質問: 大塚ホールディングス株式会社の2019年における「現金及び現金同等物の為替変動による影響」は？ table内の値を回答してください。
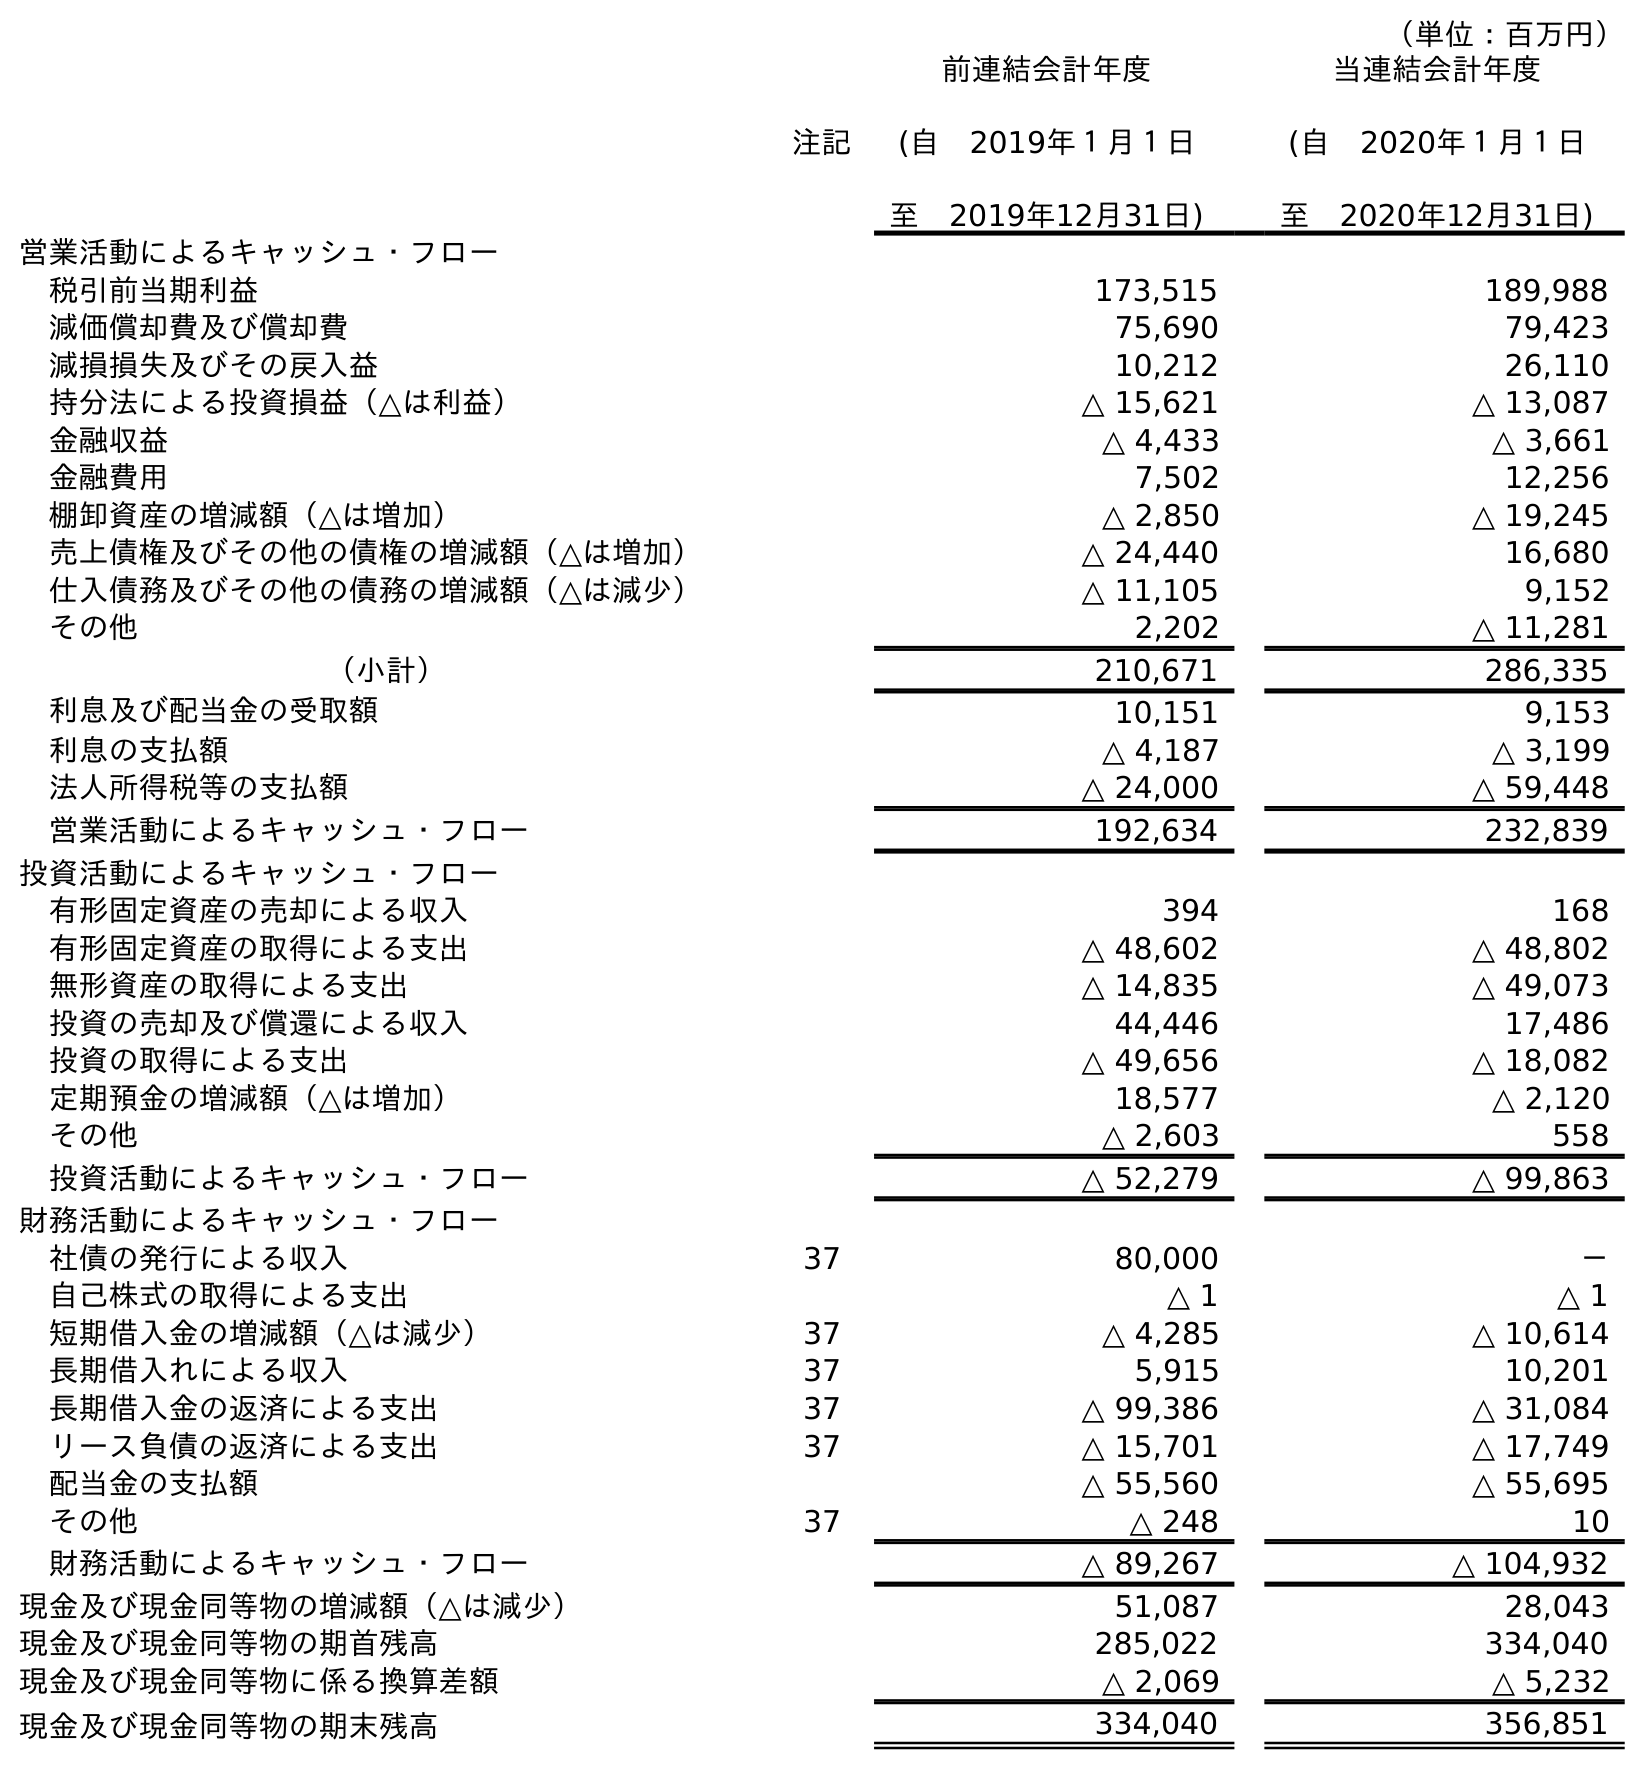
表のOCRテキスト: （単位：百万円） 注記 前連結会計年度 (自 2019年１月１日 至 2019年12月31日) 当連結会計年度 (自 2020年１月１日 至 2020年12月31日) 営業活動によるキャッシュ・フロー 税引前当期利益 173,515 189,988 減価償却費及び償却費 75,690 79,423 減損損失及びその戻入益 10,212 26,110 持分法による投資損益（△は利益） △ 15,621 △ 13,087 金融収益 △ 4,433 △ 3,661 金融費用 7,502 12,256 棚卸資産の増減額（△は増加） △ 2,850 △ 19,245 売上債権及びその他の債権の増減額（△は増加） △ 24,440 16,680 仕入債務及びその他の債務の増減額（△は減少） △ 11,105 9,152 その他 2,202 △ 11,281 （小計） 210,671 286,335 利息及び配当金の受取額 10,151 9,153 利息の支払額 △ 4,187 △ 3,199 法人所得税等の支払額 △ 24,000 △ 59,448 営業活動によるキャッシュ・フロー 192,634 232,839 投資活動によるキャッシュ・フロー 有形固定資産の売却による収入 394 168 有形固定資産の取得による支出 △ 48,602 △ 48,802 無形資産の取得による支出 △ 14,835 △ 49,073 投資の売却及び償還による収入 44,446 17,486 投資の取得による支出 △ 49,656 △ 18,082 定期預金の増減額（△は増加） 18,577 △ 2,120 その他 △ 2,603 558 投資活動によるキャッシュ・フロー △ 52,279 △ 99,863 財務活動によるキャッシュ・フロー 社債の発行による収入 37 80,000 － 自己株式の取得による支出 △ 1 △ 1 短期借入金の増減額（△は減少） 37 △ 4,285 △ 10,614 長期借入れによる収入 37 5,915 10,201 長期借入金の返済による支出 37 △ 99,386 △ 31,084 リース負債の返済による支出 37 △ 15,701 △ 17,749 配当金の支払額 △ 55,560 △ 55,695 その他 37 △ 248 10 財務活動によるキャッシュ・フロー △ 89,267 △ 104,932 現金及び現金同等物の増減額（△は減少） 51,087 28,043 現金及び現金同等物の期首残高 285,022 334,040 現金及び現金同等物に係る換算差額 △ 2,069 △ 5,232 現金及び現金同等物の期末残高 334,040 356,851
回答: △2,069